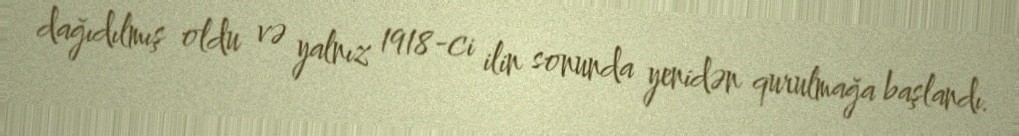
dağıdılmış oldu və yalnız 1918-ci ilin sonunda yenidən qurulmağa başlandı.